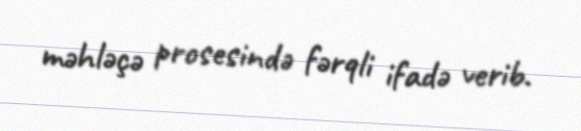
məhləçə prosesində fərqli ifadə verib.